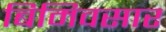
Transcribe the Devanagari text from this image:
बिमिवसार